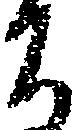
ち